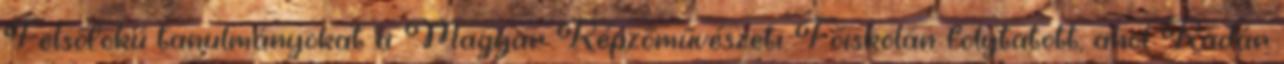
Felsőfokú tanulmányokat a Magyar Képzőművészeti Főiskolán folytatott, ahol Kádár